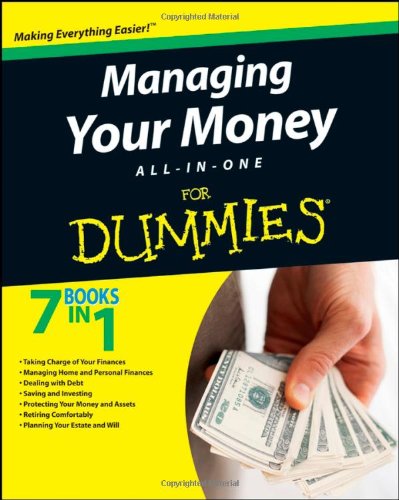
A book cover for Managing Your Money All-In-One For Dummies; Consumer Dummies; Business & Money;